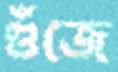
গুঁজে